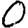
Digit: 0